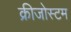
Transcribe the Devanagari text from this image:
क्रीजोस्टम